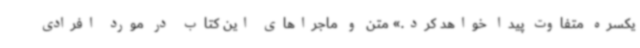
یکسره متفاوت پیدا خواهد کرد.» متن و ماجراهای این کتاب در مورد افرادی